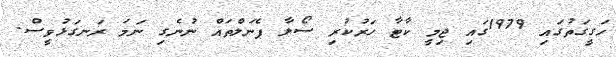
ހަގީގަތުގައި 1979ގައި ޖިމީ ކާޓާ ހަރުކުރި ސޯލާ ޕެނަލްތައް ނުނެގި ނަމަ ރަނގަޅުވީސް.